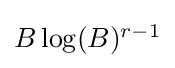
{\textstyle B\log(B)^{r-1}}